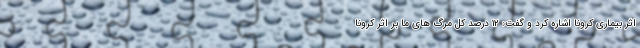
اثر بیماری کرونا اشاره کرد و گفت: ۱۲ درصد کل مرگ های ما بر اثر کرونا